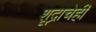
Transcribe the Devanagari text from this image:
शूद्राचेही